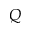
Q